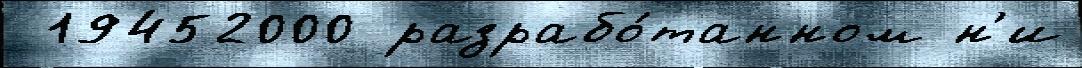
 19452000 разрабо́танном н'и